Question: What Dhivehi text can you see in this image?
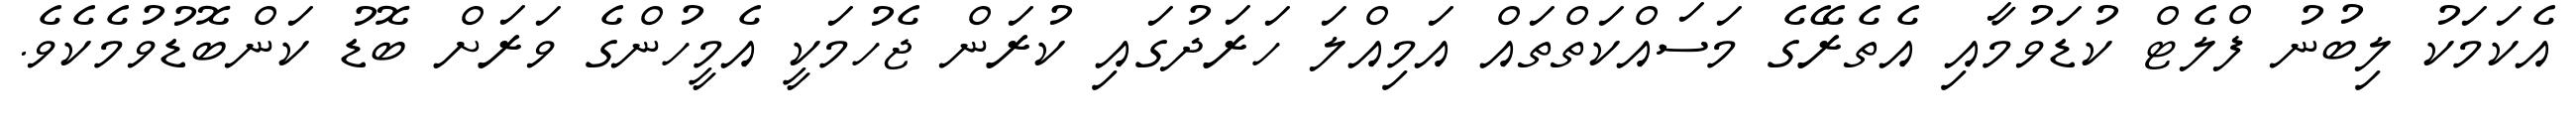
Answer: އެކަމަކު ލިބުނު ފްލެޓް ކުޑަވުމާއި އެތެރޭގެ މަސައްކަތްތައް އަމިއްލަ ހަރަދުގައި ކުރަން ޖެހުމަކީ އެމީހުންގެ ވަރަށް ބޮޑު ކަންބޮޑުވުމެކެވެ.